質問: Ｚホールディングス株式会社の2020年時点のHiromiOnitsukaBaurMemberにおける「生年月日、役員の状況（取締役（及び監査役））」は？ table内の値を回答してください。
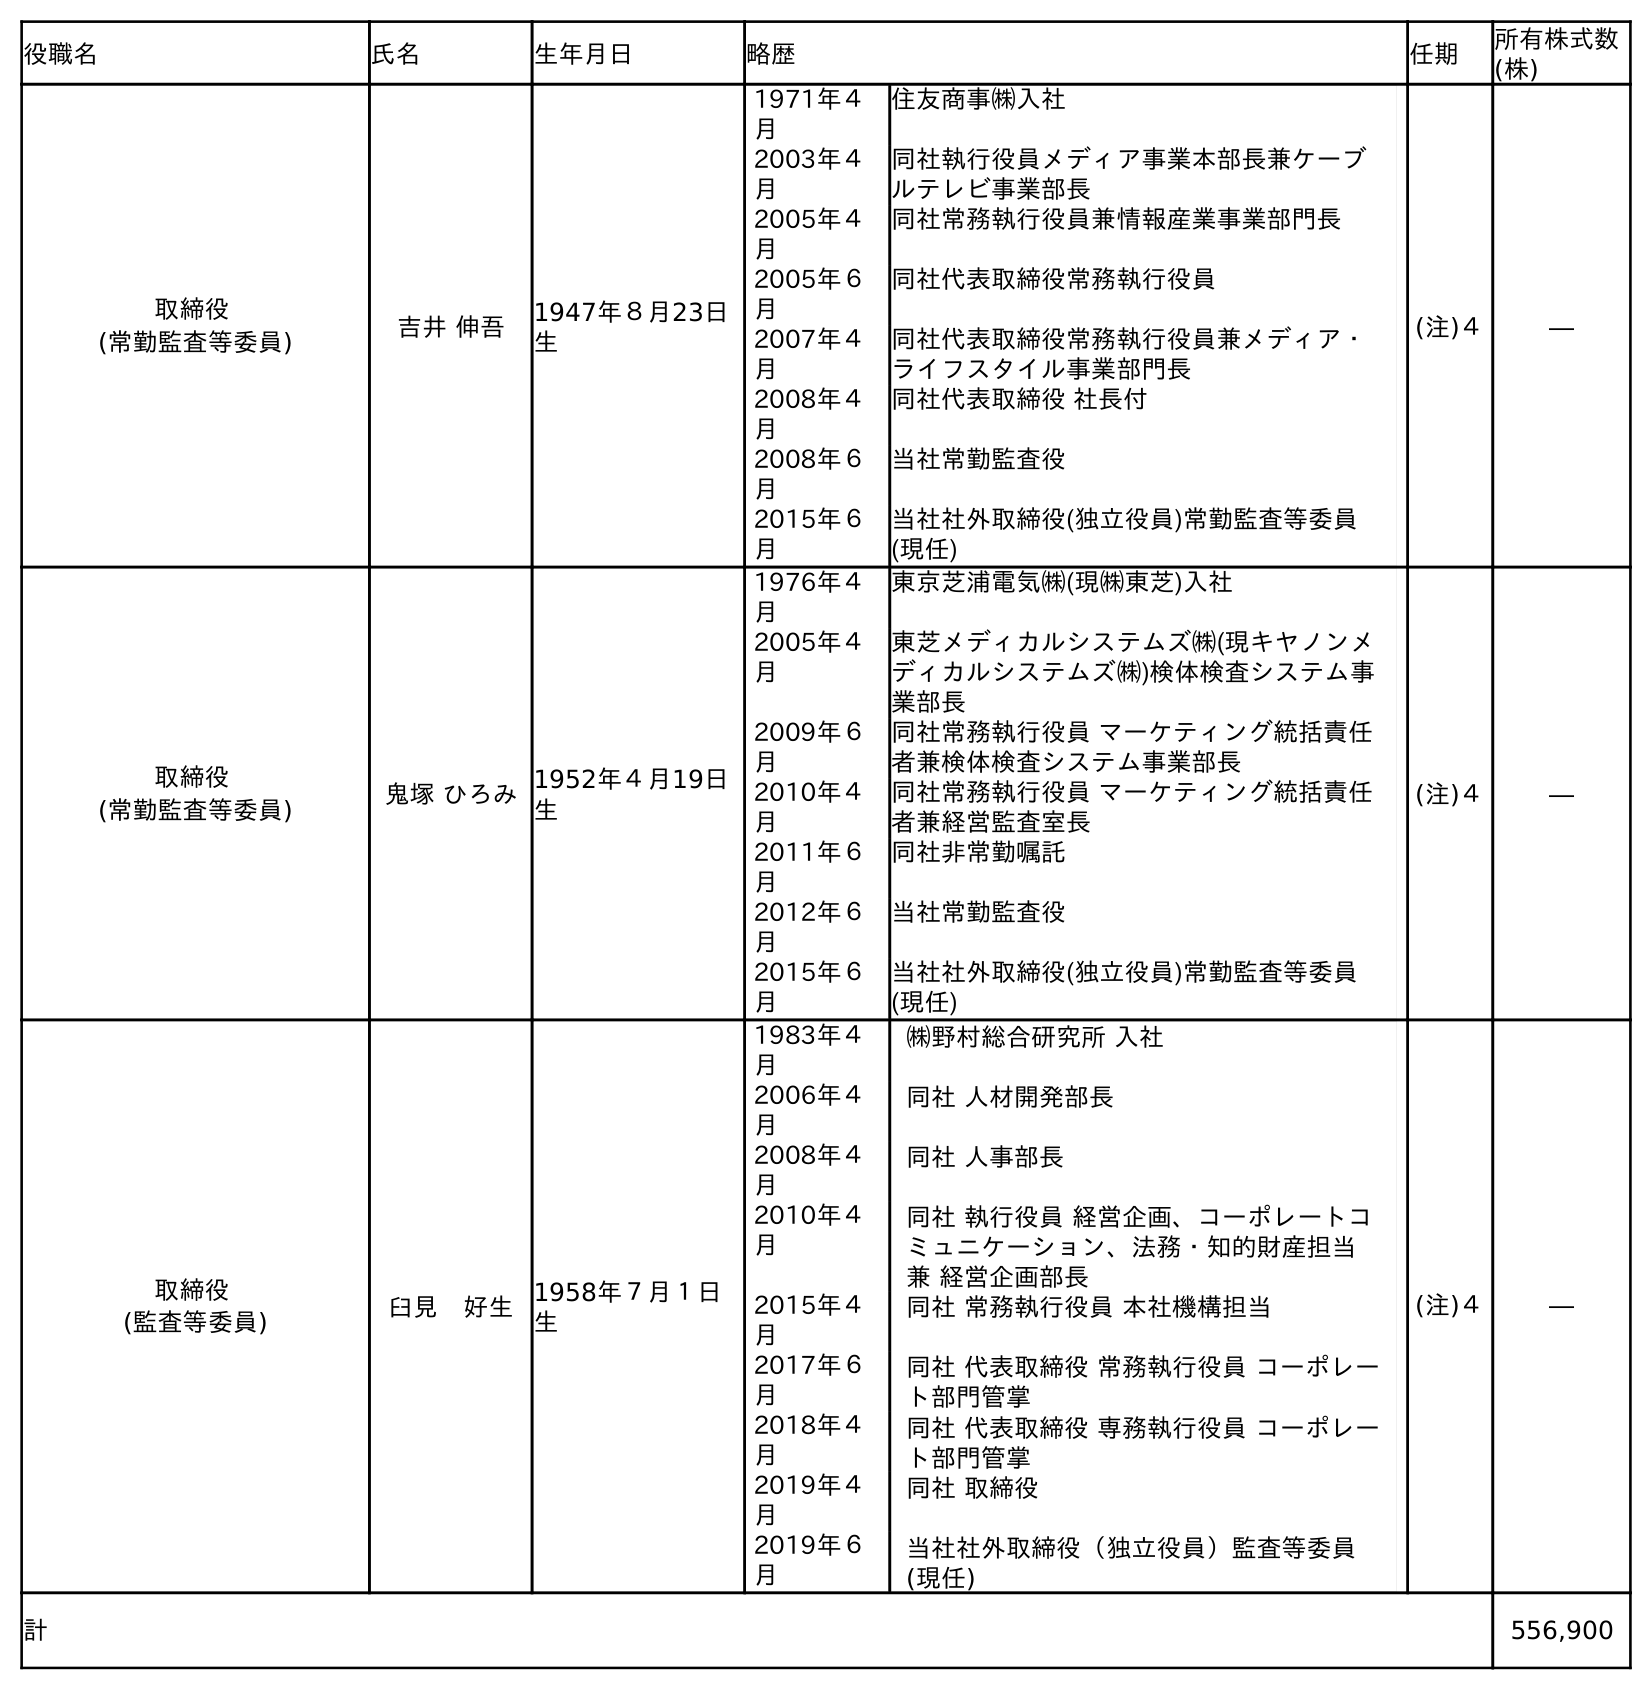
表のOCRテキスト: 役職名 氏名 生年月日 略歴 任期 所有株式数 (株) 取締役 (常勤監査等委員) 吉井 伸吾 1947年８月23日 生 1971年４ 月 住友商事㈱入社 2003年４ 月 同社執行役員メディア事業本部長兼ケーブ ルテレビ事業部長 2005年４ 月 同社常務執行役員兼情報産業事業部門長 2005年６ 月 同社代表取締役常務執行役員 2007年４ 月 同社代表取締役常務執行役員兼メディア・ ライフスタイル事業部門長 2008年４ 月 同社代表取締役 社長付 2008年６ 月 当社常勤監査役 2015年６ 月 当社社外取締役(独立役員)常勤監査等委員 (現任) (注)４ ― 取締役 (常勤監査等委員) 鬼塚 ひろみ1952年４月19日 生 1976年４ 月 東京芝浦電気㈱(現㈱東芝)入社 2005年４ 月 東芝メディカルシステムズ㈱(現キヤノンメ ディカルシステムズ㈱)検体検査システム事 業部長 2009年６ 月 同社常務執行役員 マーケティング統括責任 者兼検体検査システム事業部長 2010年４ 月 同社常務執行役員 マーケティング統括責任 者兼経営監査室長 2011年６ 月 同社非常勤嘱託 2012年６ 月 当社常勤監査役 2015年６ 月 当社社外取締役(独立役員)常勤監査等委員 (現任) (注)４ ― 取締役 (監査等委員) 臼見 好生 1958年７月１日 生 1983年４ 月 ㈱野村総合研究所 入社 2006年４ 月 同社 人材開発部長 2008年４ 月 同社 人事部長 2010年４ 月 同社 執行役員 経営企画、コーポレートコ ミュニケーション、法務・知的財産担当  兼 経営企画部長 2015年４ 月 同社 常務執行役員 本社機構担当 2017年６ 月 同社 代表取締役 常務執行役員 コーポレー ト部門管掌 2018年４ 月 同社 代表取締役 専務執行役員 コーポレー ト部門管掌 2019年４ 月 同社 取締役 2019年６ 月 当社社外取締役（独立役員）監査等委員 (現任) (注)４ ― 計 556,900
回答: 1952年４月19日生